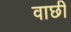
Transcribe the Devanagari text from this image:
वाछी